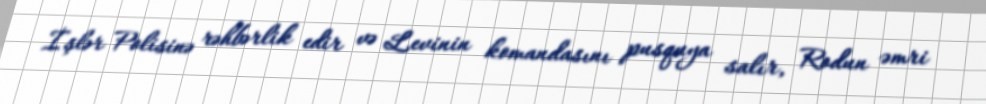
İşlər Polisinə rəhbərlik edir və Levinin komandasını pusquya salır, Rodun əmri